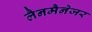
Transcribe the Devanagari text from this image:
लैनमैनेजर